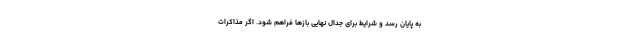
به پایان رسد و شرایط برای جدال نهایی بازها فراهم شود. اگر مذاکرات